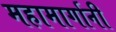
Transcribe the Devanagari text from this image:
महामार्गानी